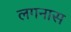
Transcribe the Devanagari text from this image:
लगनास